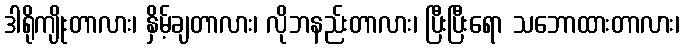
ဒါရိုကျိုးတာလား၊ နှိမ့်ချတာလား၊ လိုဘနည်းတာလား၊ ပြီးပြီးရော သဘောထားတာလား၊